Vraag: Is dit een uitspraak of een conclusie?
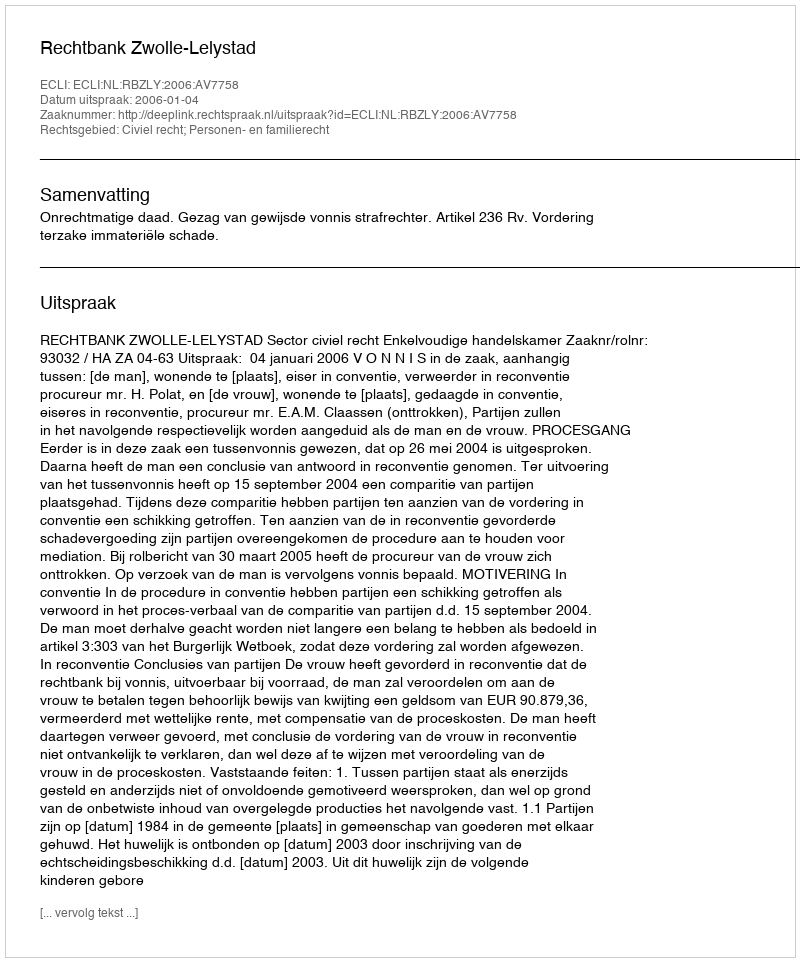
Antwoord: Uitspraak